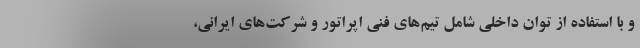
و با استفاده از توان داخلی شامل تیم‌های فنی اپراتور و شرکت‌های ایرانی،